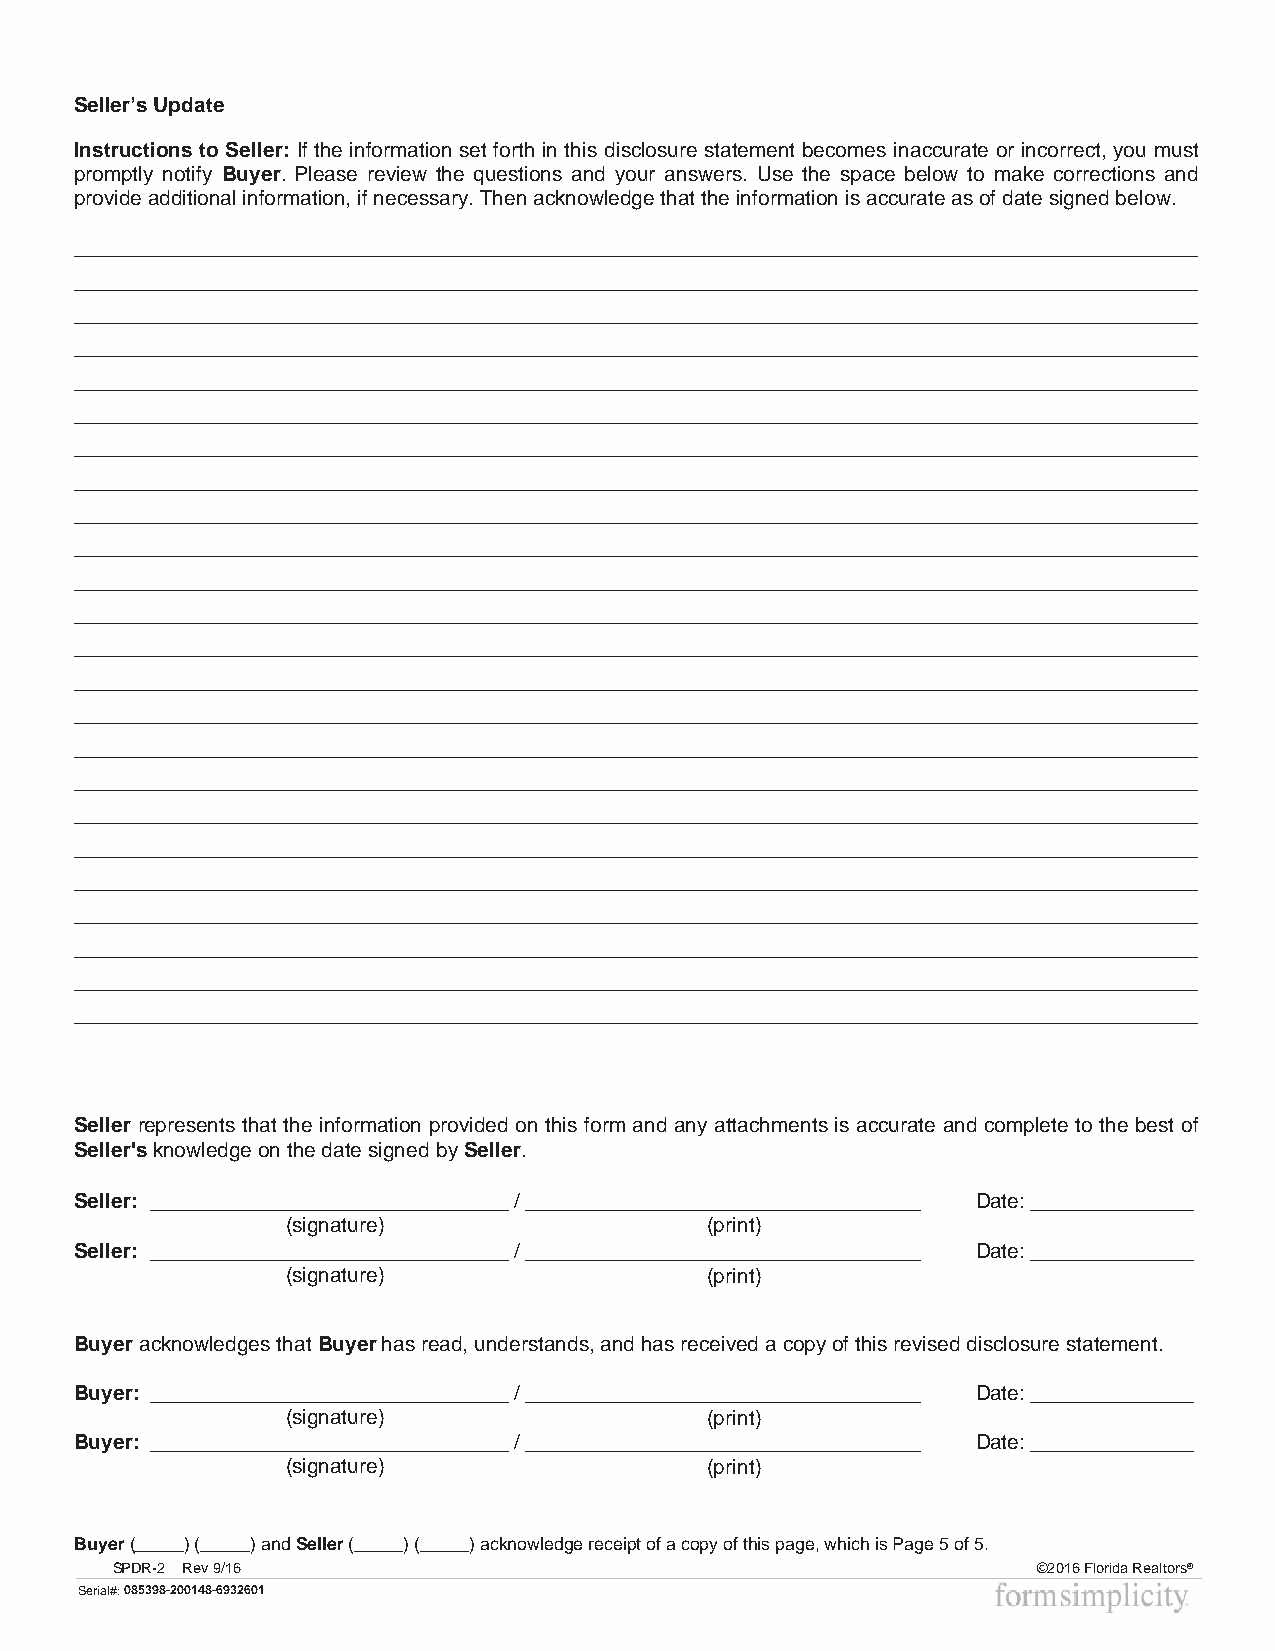
Seller’s Update
 Instructions to Seller: If the information set forth in this disclosure statement becomes inaccurate or incorrect, you must
 promptly notify Buyer. Please review the questions and your answers. Use the space below to make corrections and
 provide additional information, if necessary. Then acknowledge that the information is accurate as of date signed below.
 _________________________________________________________________________________________________
 _________________________________________________________________________________________________
 _________________________________________________________________________________________________
 _________________________________________________________________________________________________
 _________________________________________________________________________________________________
 _________________________________________________________________________________________________
 _________________________________________________________________________________________________
 _________________________________________________________________________________________________
 _________________________________________________________________________________________________
 _________________________________________________________________________________________________
 _________________________________________________________________________________________________
 _________________________________________________________________________________________________
 _________________________________________________________________________________________________
 _________________________________________________________________________________________________
 _________________________________________________________________________________________________
 _________________________________________________________________________________________________
 _________________________________________________________________________________________________
 _________________________________________________________________________________________________
 _________________________________________________________________________________________________
 _________________________________________________________________________________________________
 _________________________________________________________________________________________________
 _________________________________________________________________________________________________
 _________________________________________________________________________________________________
 _________________________________________________________________________________________________
 Seller represents that the information provided on this form and any attachments is accurate and complete to the best of
 Seller'sknowledge on the date signed by Seller.
 Seller: _______________________________ / __________________________________ Date: ______________
 (signature)                 (print)
 Seller: _______________________________ / __________________________________ Date: ______________
 (signature)                 (print)
 Buyer acknowledges that Buyer has read, understands, and has received a copy of this revised disclosure statement.
 Buyer: _______________________________ / __________________________________ Date: ______________
 (signature)                 (print)
 Buyer: _______________________________ / __________________________________ Date: ______________
 (signature)                 (print)
 Buyer(_____) (_____) and Seller (_____) (_____) acknowledge receipt of a copy of this page, which is Page 5 of 5.
 SPDR-2 Rev 9/16                                               ©2016 Florida Realtors®
 Serial#:085398-200148-6932601